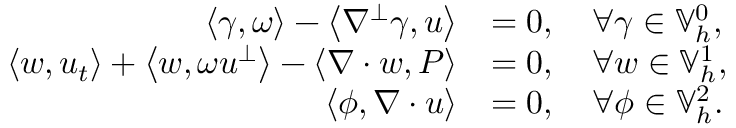
\begin{array} { r l } { \left\langle \gamma , \omega \right\rangle - \left\langle \nabla ^ { \perp } \gamma , u \right\rangle } & { = 0 , \quad \forall \gamma \in \mathbb { V } _ { h } ^ { 0 } , } \\ { \left\langle w , u _ { t } \right\rangle + \left\langle w , \omega u ^ { \perp } \right\rangle - \left\langle \nabla \cdot w , P \right\rangle } & { = 0 , \quad \forall w \in \mathbb { V } _ { h } ^ { 1 } , } \\ { \left\langle \phi , \nabla \cdot u \right\rangle } & { = 0 , \quad \forall \phi \in \mathbb { V } _ { h } ^ { 2 } . } \end{array}